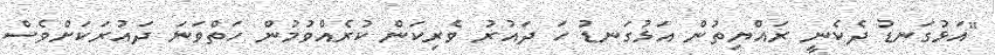
"އަޅުގަނޑު ދެކެނީ ރައްޔިތުން އަޅުގަނޑު ހަ ދައުރު ވެރިކަން ކުރެއްވުމުން ހަތްވަނަ ދައުރަކަށްވެސް